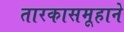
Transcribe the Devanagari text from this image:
तारकासमूहाने